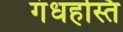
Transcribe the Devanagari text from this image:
गंधहस्ति